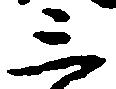
三